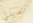
الصيدلي